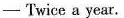
——Twice a year.